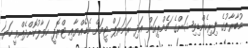
މުބާރާތުގެ ފިރިހެންޑިވިޝަންގެ ޗެމްޕިއަން އަދި ރަނަރަޕް ޓީމަށް މެޑެއްޔާއި ޓްރޮފީ ހަވާލުކޮށްދެއްވީ ހަޔަ